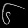
Digit: ၆